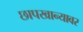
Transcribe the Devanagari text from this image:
छापखान्यावर